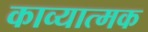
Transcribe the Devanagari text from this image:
काव्‍यात्‍मक